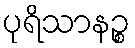
ပုရိသာနဉ္စ